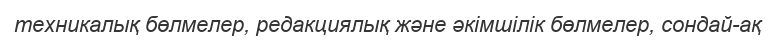
техникалық бөлмелер, редакциялық және әкімшілік бөлмелер, сондай-ақ